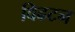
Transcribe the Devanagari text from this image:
विढटन